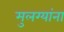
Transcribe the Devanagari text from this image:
मुलग्यांना